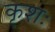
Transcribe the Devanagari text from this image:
कृशः